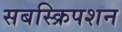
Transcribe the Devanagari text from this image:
सबस्क्रिपशन